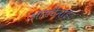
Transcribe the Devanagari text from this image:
ऑसटेनाईट